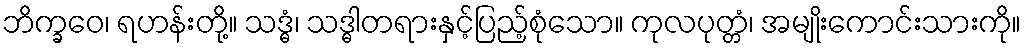
ဘိက္ခဝေ၊ ရဟန်းတို့။ သဒ္ဓံ၊ သဒ္ဓါတရားနှင့်ပြည့်စုံသော။ ကုလပုတ္တံ၊ အမျိုးကောင်းသားကို။